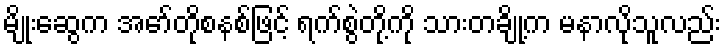
မျိုးဆွေက အော်တိုစနစ်ဖြင့် ရက်စွဲတို့ကို သားတချို့က မနာလိုသူလည်း